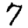
Digit: 7